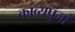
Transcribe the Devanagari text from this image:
काव्यपुंजों